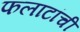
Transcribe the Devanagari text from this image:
फलाटांची